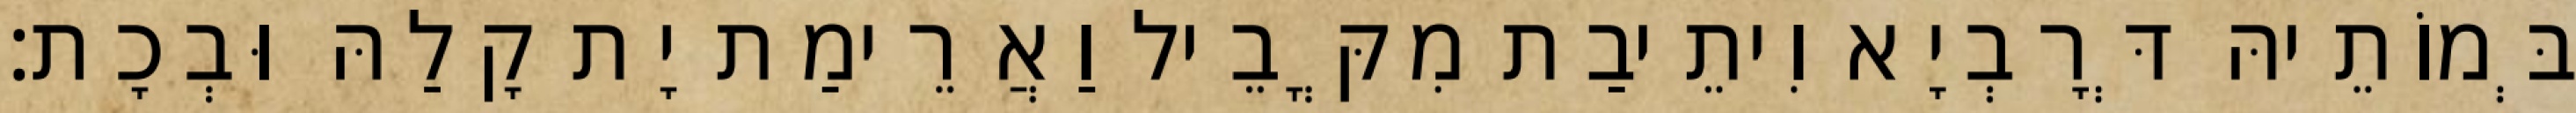
בְּמוֹתֵיהּ דְּרָבְיָא וִיתֵיבַת מִקֳּבֵיל וַאֲרֵימַת יָת קָלַהּ וּבְכָת׃